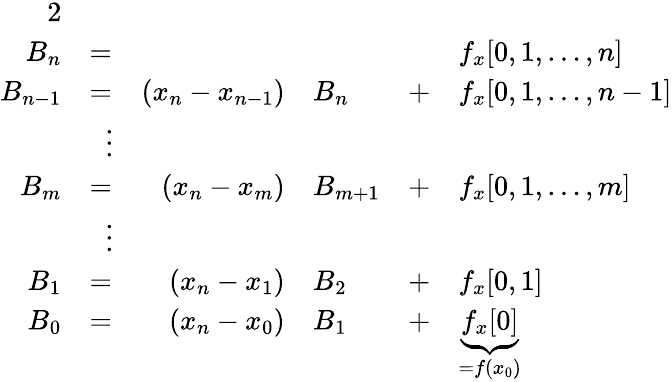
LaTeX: \begin{array}{rlrlrl}{{2}}\\ {B_{n}}&{=}&&{}&&{f_{x}[0,1,…,n]}\\ {B_{n-1}}&{=}&{(x_{n}-x_{n-1})}&{B_{n}}&{+}&{f_{x}[0,1,…,n-1]}\\ &{\; \; \vdots}\\ {B_{m}}&{=}&{(x_{n}-x_{m})}&{B_{m+1}}&{+}&{f_{x}[0,1,…,m]}\\ &{\; \; \vdots}\\ {B_{1}}&{=}&{(x_{n}-x_{1})}&{B_{2}}&{+}&{f_{x}[0,1]}\\ {B_{0}}&{=}&{(x_{n}-x_{0})}&{B_{1}}&{+}&{\underbrace{f_{x}[0]}_{=f(x_{0})}}\end{array}